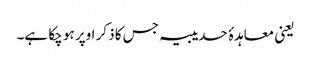
یعنی معاہدۂ حدیبیہ جس کا ذکر اوپر ہو چکا ہے۔